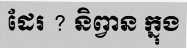
ដែរ ? និព្វាន ក្នុង